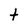
Character: t